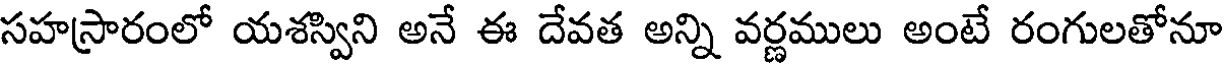
సహస్రారంలో యశస్విని అనే ఈ దేవత అన్ని వర్ణములు అంటే రంగులతోనూ